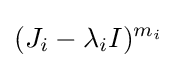
(J_{i}-\lambda _{i}I)^{m_{i}}